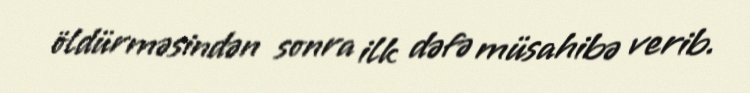
öldürməsindən sonra ilk dəfə müsahibə verib.